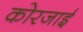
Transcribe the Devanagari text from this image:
कोरजाई